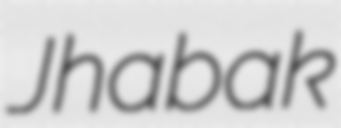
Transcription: Jhabak